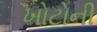
ખોટોની